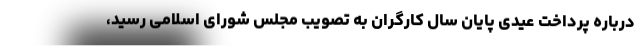
درباره پرداخت عیدی پایان سال کارگران به تصویب مجلس شورای اسلامی رسید،